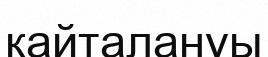
қайталануы